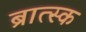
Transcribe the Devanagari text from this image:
ब्रात्स्क